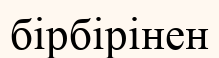
бірбірінен